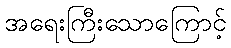
အရေးကြီးသောကြောင့်